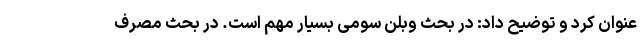
عنوان کرد و توضیح داد: در بحث وبلن سومی بسیار مهم است. در بحث مصرف